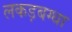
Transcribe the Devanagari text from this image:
लकड़बग्धा